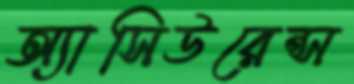
অ্যাসিউরেন্স